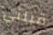
قبلني